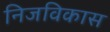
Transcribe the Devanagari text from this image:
निजविकास